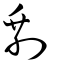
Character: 剩